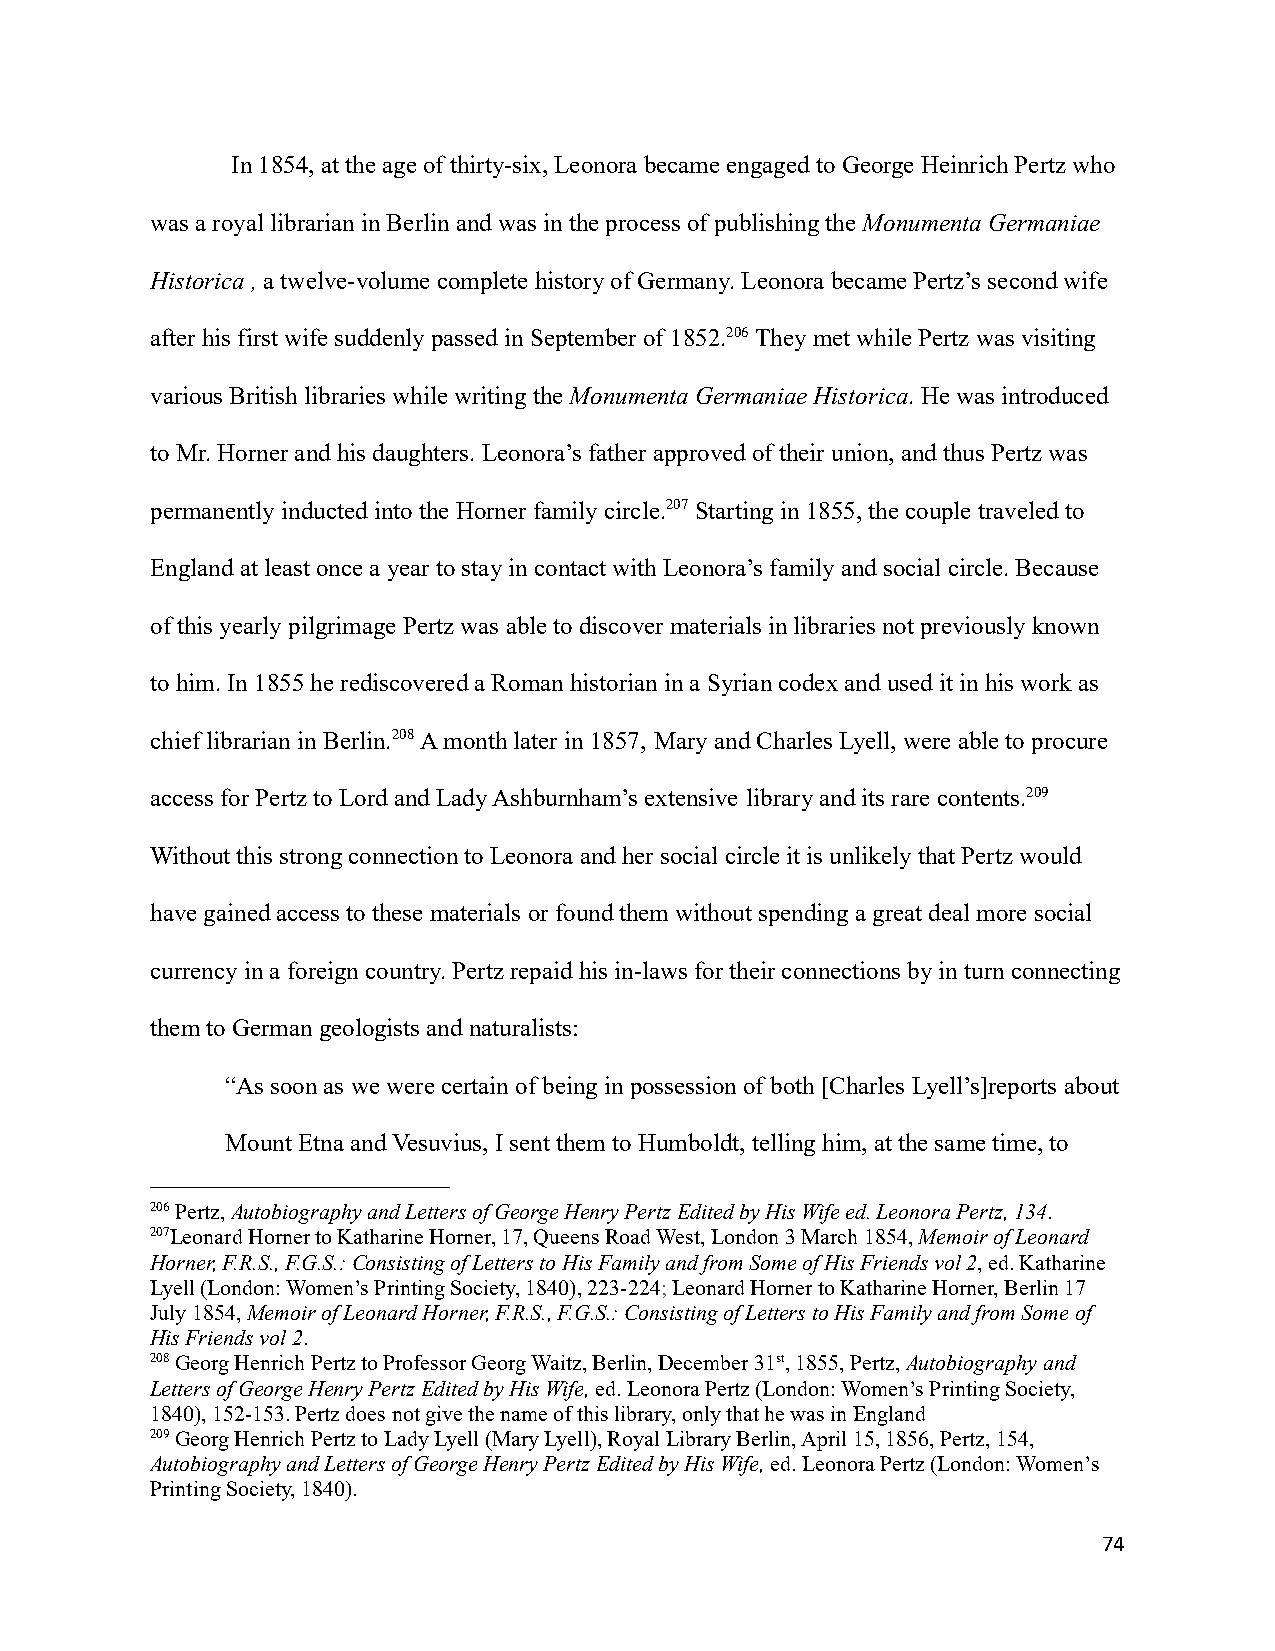
In 1854, at the age of thirty-six, Leonora became engaged to George Heinrich Pertz who
 was a royal librarian in Berlin and was in the processof publishing theMonumenta Germaniae
 Historica ,a twelve-volume complete history of Germany.Leonora became Pertz’s second wife
 after his first wife suddenly passed in Septemberof 1852.206They met while Pertz was visiting
 various British libraries while writing theMonumenta Germaniae Historica. He was introduced
 to Mr. Horner and his daughters. Leonora’s fatherapproved of their union, and thus Pertz was
 permanently inducted into the Horner family circle.207Starting in 1855, the couple traveled to
 England at least once a year to stay in contact withLeonora’s family and social circle. Because
 of this yearly pilgrimage Pertz was able to discovermaterials in libraries not previously known
 to him. In 1855 he rediscovered a Roman historianin a Syrian codex and used it in his work as
 chief librarian in Berlin.208A month later in 1857, Mary and Charles Lyell, were able to procure
 access for Pertz to Lord and Lady Ashburnham’s extensive library and its rare contents.209
 Without this strong connection to Leonora and hersocial circle it is unlikely that Pertz would
 have gained access to these materials or found themwithout spending a great deal more social
 currency in a foreign country. Pertz repaid his in-lawsfor their connections by in turn connecting
 them to German geologists and naturalists:
 “As soon as we were certain of being in possessionof both [Charles Lyell’s]reports about
 Mount Etna and Vesuvius, I sent them to Humboldt, telling him, at the same time, to
 206Pertz,Autobiography and Letters of George HenryPertz Edited by His Wife ed. Leonora Pertz, 134.
 207Leonard Horner to Katharine Horner, 17, Queens RoadWest, London 3 March 1854,Memoir of Leonard
 Horner, F.R.S., F.G.S.: Consisting of Letters to HisFamily and from Some of His Friends vol 2, ed. Katharine
 Lyell (London: Women’s Printing Society, 1840), 223-224;Leonard Horner to Katharine Horner, Berlin 17
 July 1854,Memoir of Leonard Horner, F.R.S., F.G.S.: Consistingof Letters to His Family and from Some of
 His Friends vol 2.
 208Georg Henrich Pertz to Professor Georg Waitz, Berlin,December 31st, 1855, Pertz,Autobiography and
 Letters of George Henry Pertz Edited by His Wife,ed. Leonora Pertz (London: Women’s Printing Society,
 1840), 152-153. Pertz does not give the name of thislibrary, only that he was in England
 209Georg Henrich Pertz to Lady Lyell (Mary Lyell), RoyalLibrary Berlin, April 15, 1856, Pertz, 154,
 Autobiography and Letters of George Henry Pertz Editedby His Wife,ed. Leonora Pertz (London: Women’s
 Printing Society, 1840).
 74